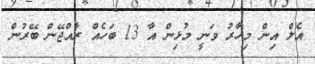
އެލް އިން މިހާރު ވަނީ މުޅިން އާ 13 ބަހެއް ރާއްޖޭން ބޭރުން